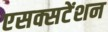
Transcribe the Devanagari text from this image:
एसक्सटेंशन